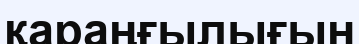
қараңғылығын